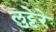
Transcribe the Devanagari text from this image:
लुट्टेरे